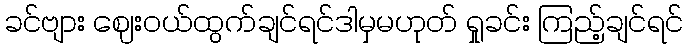
ခင်ဗျား ဈေးဝယ်ထွက်ချင်ရင်ဒါမှမဟုတ် ရှုခင်း ကြည့်ချင်ရင်